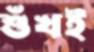
শুঁখই